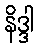
နိဒ္ဒါ